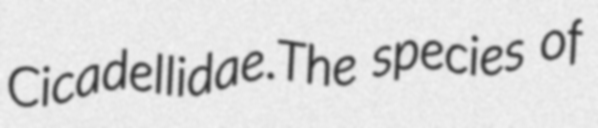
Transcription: Cicadellidae.The species of